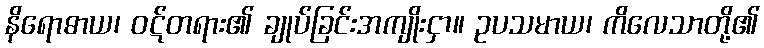
နိရောဓာယ၊ ဝဋ်တရား၏ ချုပ်ခြင်းအကျိုးငှာ။ ဥပသမာယ၊ ကိလေသာတို့၏